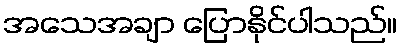
အသေအချာ ပြောနိုင်ပါသည်။